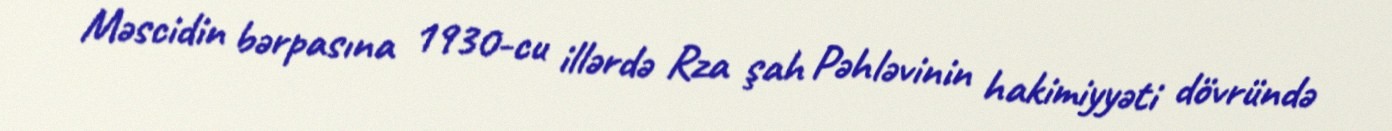
Məscidin bərpasına 1930-cu illərdə Rza şah Pəhləvinin hakimiyyəti dövründə